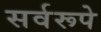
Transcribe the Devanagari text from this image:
सर्वरूपे